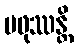
ပဖုဿန္တိ